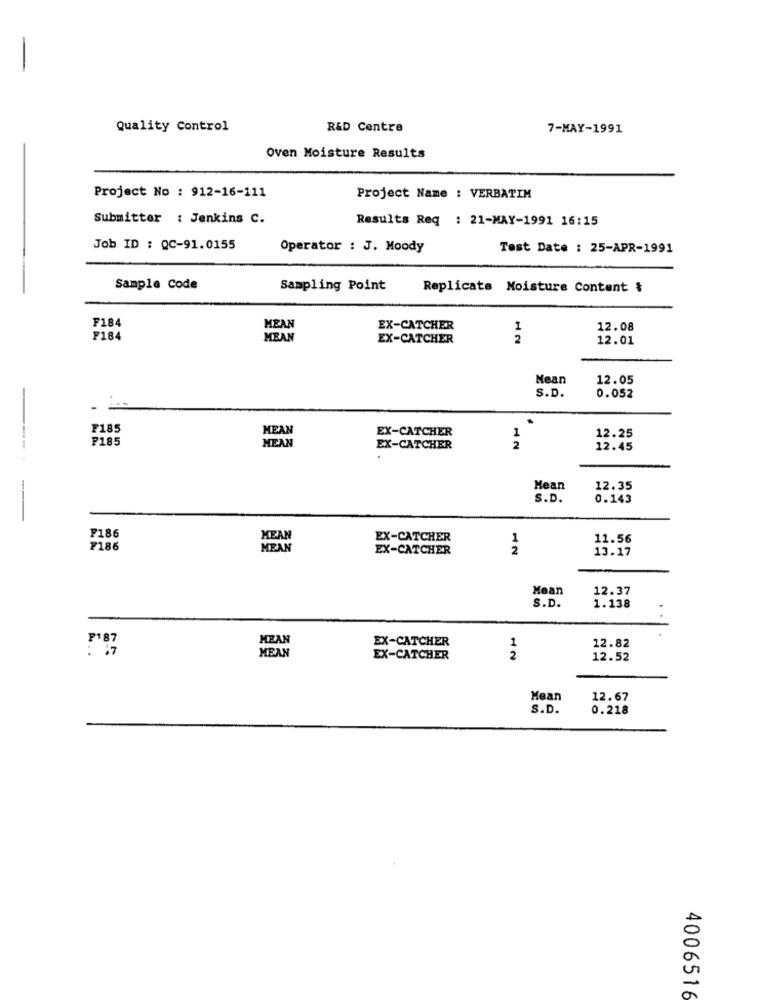
Quality Control
R&D Centre
7-MAY-1991
Oven Moisture Results
Project No : 912-16-111
Project Name : VERBATIM
Submitter : Jenkins C.
Results Req : 21-MAY-1991 16:15
Job ID : QC-91.0155
Operator : J. Moody
Test Date : 25-APR-1991
Sample Code
Sampling Point
Replicate Moisture Content &
F184
MEAN
EX-CATCHER
1
12.08
F184
MEAN
EX-CATCHER
2
12.01
Mean
12.05
S.D.
0.052
F185
MEAN
EX-CATCHER
P185
1
12.25
MEAN
EX-CATCHER
2
12.45
--...
Mean
12.35
-
S.D.
0.143
F186
MEAN
EX-CATCHER
1
11.56
F186
MEAN
EX-CATCHER
2
13.17
Mean
12.37
1.138
S.D.
P187
MEAN
1
MEAN
EX-CATCHER
12.82
EX-CATCHER
2
12.52
Mean
12.67
S.D.
0.218
4006516